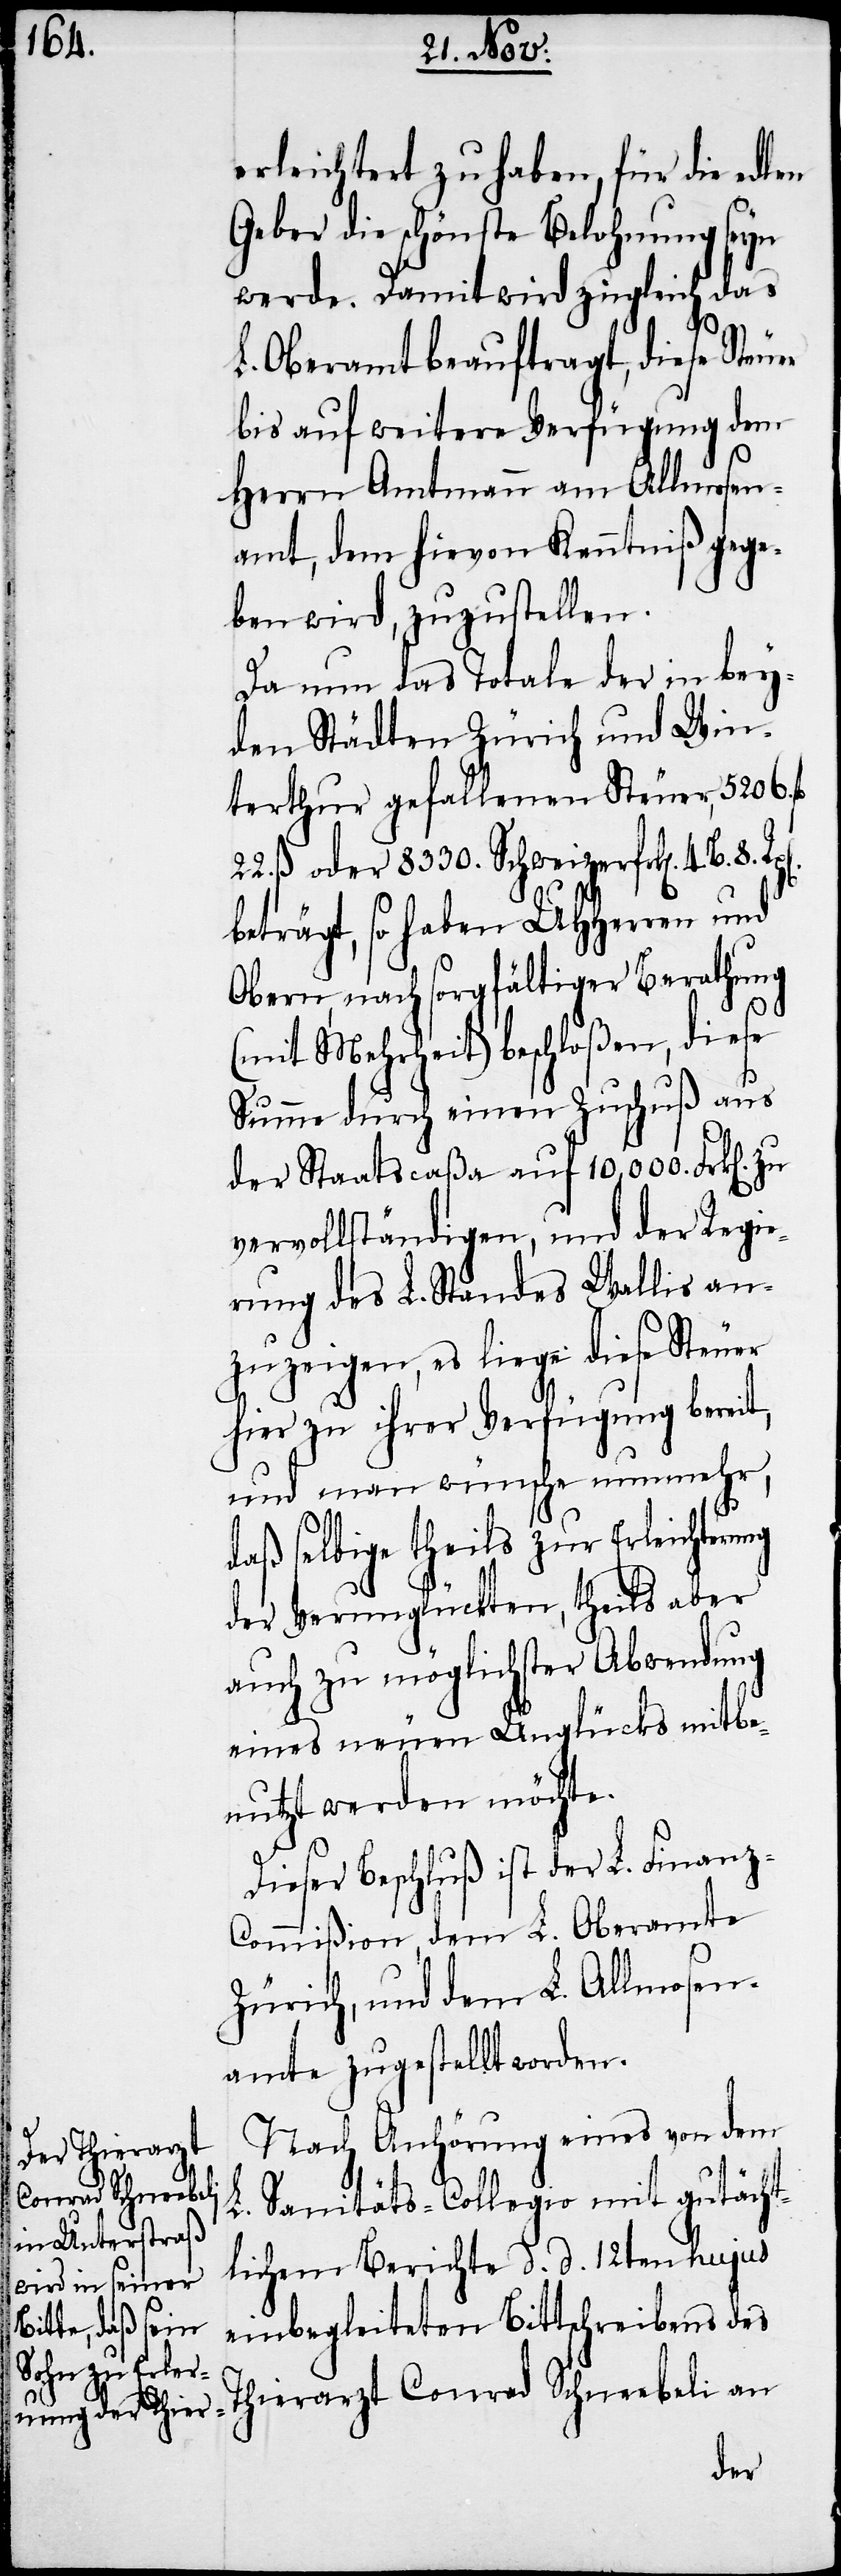
ung

erleichtert zu haben, für die edlen
Geber die schönste Belohnung seyn
werde. Damit wird zugleich das
L. Oberamt beauftragt, diese Steuer
bis auf weitere Verfügung dem
Herrn Amtmann am Allmosen¬
amt, dem hievon Kenntniß gege¬
ben wird, zuzustellen.
Da nun das Totale der in bey¬
den Städten Zürich und Win¬
terthur gefallenen Steuer, 5206.
ß oder 8330. Schweizerfr[ken]. 4.
beträgt, so haben UHHerren und
Obern, nach sorgfältiger Berathung
(mit Mehrheit) beschloßen, diese
Summe durch einen Zuschuß aus
der Staatscaßa auf 10,000. Frk[en].
vervollständigen, und der Regie¬
rung des L. Standes Wallis an¬
zuzeigen, es liege diese Steuer
hier zu ihrer Verfügung bereit,
und man wünsche nunmehr,
daß selbige theils zur Erleichter¬
der Verunglückten, theils aber
auch zu möglichster Abwendung
eines neuen Unglückes mitbe¬
nutzt werden möchte.
Dieser Beschluß ist der L. Finanz-C¬
ommißion, dem L. Oberamte
Zürich, und dem L. Allmosen¬
amte zugestellt worden.
Nach Anhörung eines von dem
Conrad Schneebeli
L. Sanitäts-Collegio mit gutächt¬
lichem Berichte d. d. 12ten hujus
einbegleiteten Bittschreibens des